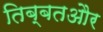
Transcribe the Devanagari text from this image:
तिब्बतऔर